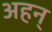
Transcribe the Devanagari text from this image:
अहन्